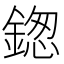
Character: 鍯